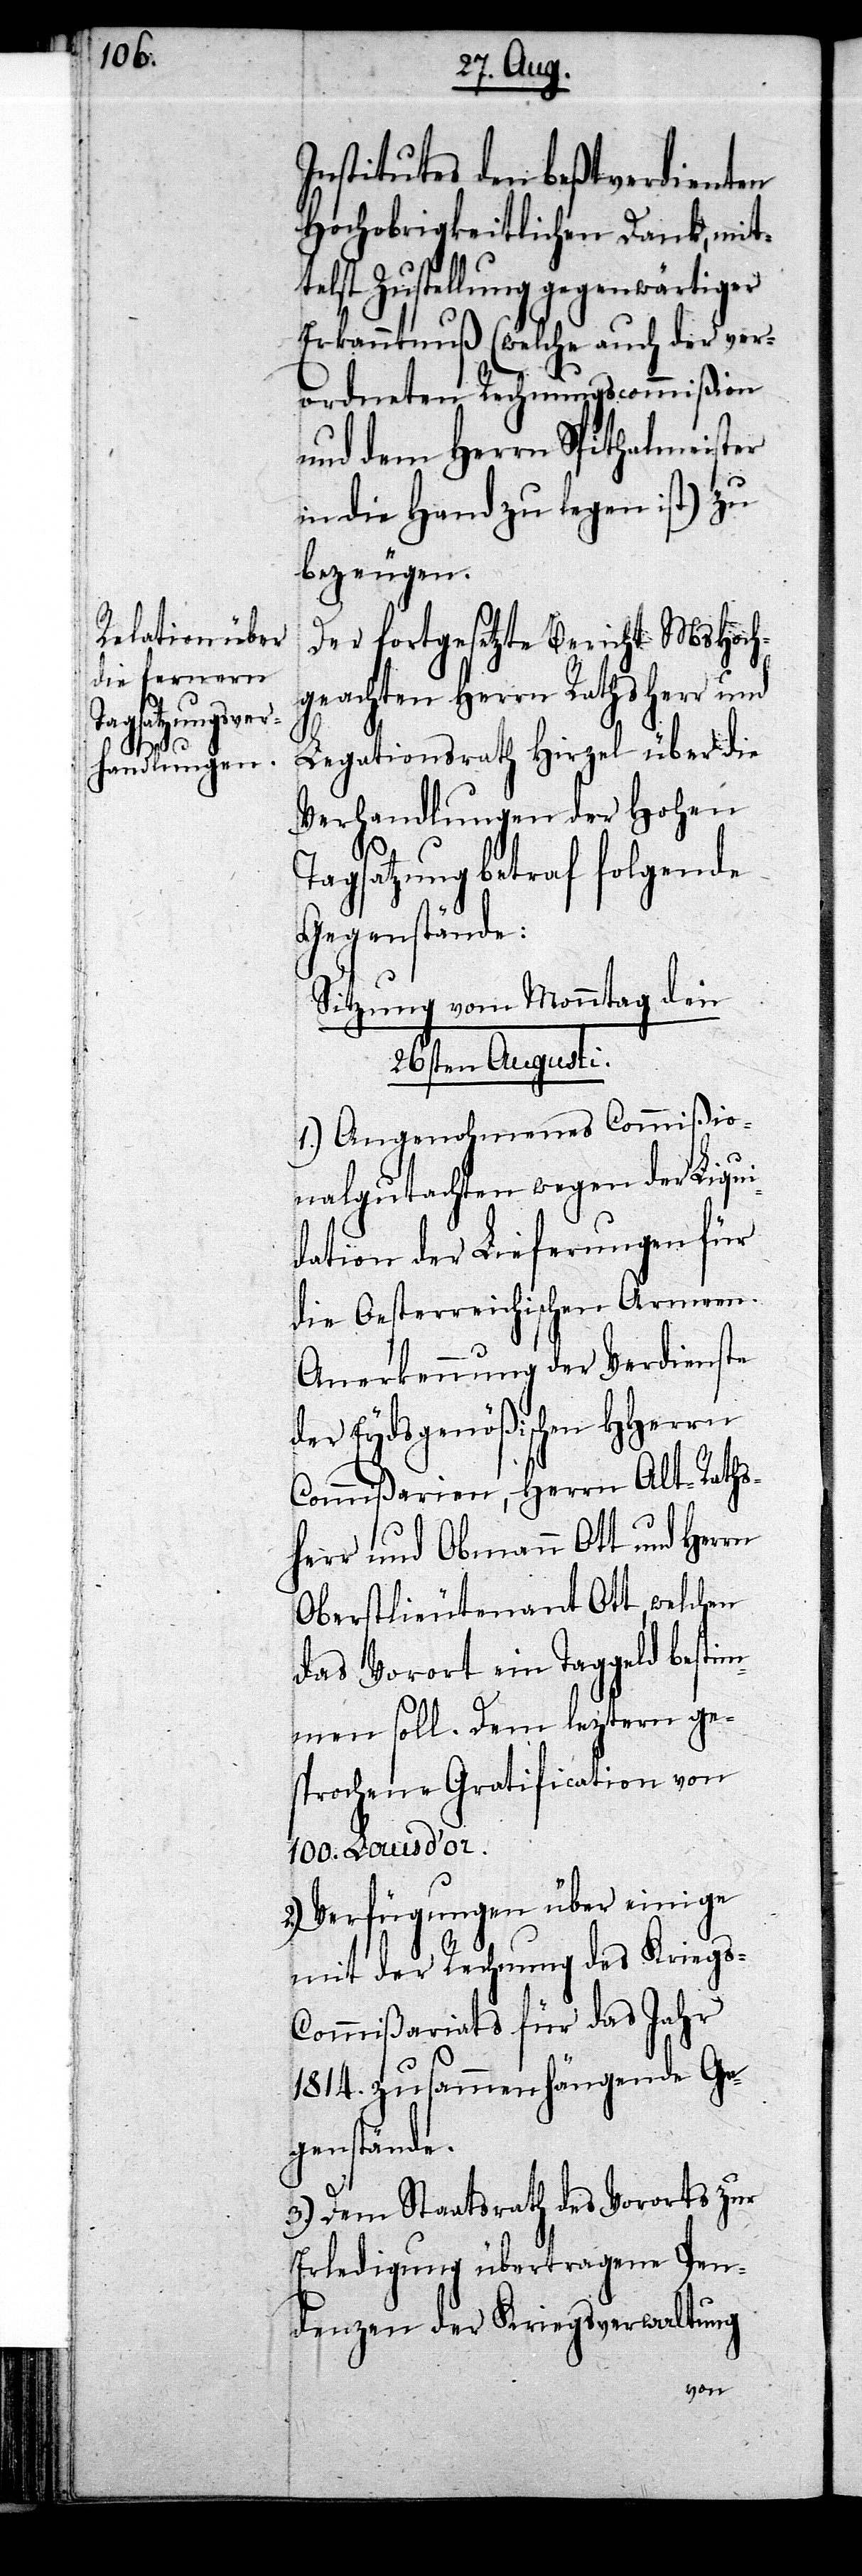
Institutes den beßtverdienten
Hochobrigkeitlichen Dank, mit¬
telst Zustellung gegenwärtiger
Erkanntnuß (welche auch der ver¬
ordneten Rechnungscommißion
und dem Herrn Spithalmeister
in die Hand zu legen ist) zu
bezeugen.
Der fortgesetzte Bericht MsHoch¬
geachten Herrn Rathsherr und
Legationsrath Hirzel über die
Verhandlungen der Hohen
Tagsatzung betraf folgende
Gegenstände:
Sitzung vom Monntag den
26sten Augusti.
1.) Angenohmenes Commißio¬
nalgutachten wegen der Liqui¬
dation der Lieferungen für
die Oesterreichischen Armeen.
Anerkennung der Verdienste
der Eydsgenößischen HHerrn
Commißarien, Herrn Alt-Raths¬
herr und Obmann Ott und Herrn
Oberstlieutenant Ott, welchen
das Vorort ein Taggeld bestim¬
men soll. Dem leztern ge¬
sprochene Gratification von
100. Louis d’or.
Verfügungen über einige
mit der Rechnung des Krieg¬
s-Commißariats für das Jahr
1814. zusammenhängende Ge¬
genstände.
3.) Dem Staatsrath des Vororts zur
Erledigung übertragene Pen¬
denzen der Kriegsverwaltung